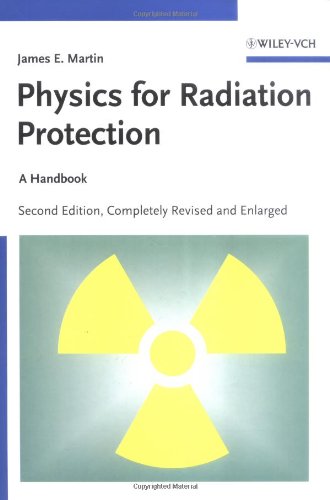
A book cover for Physics for Radiation Protection: A Handbook; James E. Martin; Science & Math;